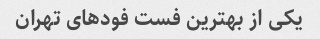
یکی از بهترین فست فودهای تهران